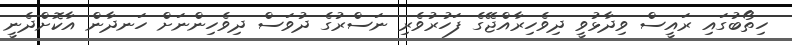
ހިތޯބުގައި ރައީސް ވިދާޅުވީ ދިވެހިރާއްޖޭގެ ފަހުރުވެރި ނަސްރުގެ ދުވަސް ދިވެހިންނަށް ހަނދާން އާކޮށްދެނީ